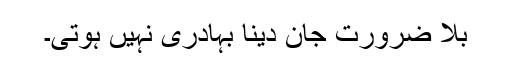
بلا ضرورت جان دینا بہادری نہیں ہوتی۔